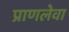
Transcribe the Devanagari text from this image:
प्राणलेवा